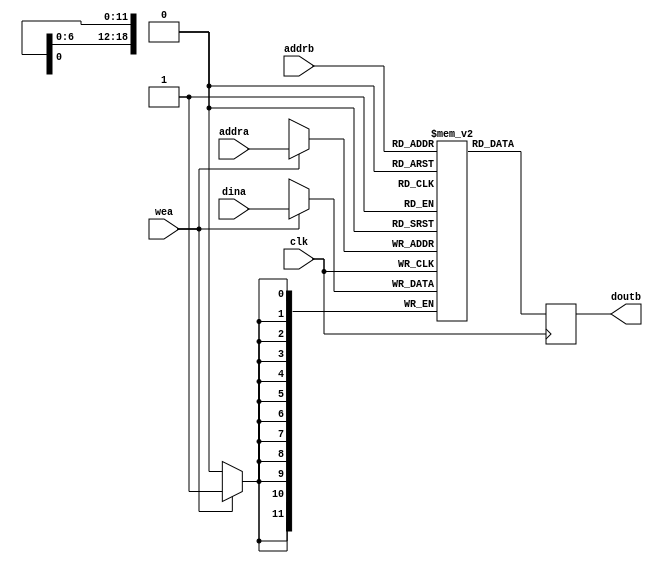
`timescale 1ns / 1ps
//This is the buffer for storing a frame
module frame_buffer
	#(parameter
	// VGA
   	c_img_cols    = 640, // 10 bits
    c_img_rows    = 480, //  9 bits
    // QVGA
    //c_img_cols    = 320, // 9 bits
    //c_img_rows    = 240, // 8 bits
    c_img_pxls    = c_img_cols * c_img_rows,
    //c_nb_img_pxls =  17,  //320*240=76,800 -> 2^17

    // QQVGA
    //c_img_cols    = 160, // 8 bits
    //c_img_rows    = 120, //  7 bits
    //c_img_pxls    = c_img_cols * c_img_rows,
    // c_nb_img_pxls = log2i(c_img_pxls-1) + 1
    // VGA
    c_nb_img_pxls =  19,  //640*480=307,200 -> 2^19=524,288
    // QQVGA
    //c_nb_img_pxls =  15,  //160*120=19.200 -> 2^15
    // QQVGA /2
    //c_img_cols    = 80, // 7 bits
    //c_img_rows    = 60, //  6 bits
    //c_img_pxls    = c_img_cols * c_img_rows,
    //c_nb_img_pxls =  13,  //80*60=4800 -> 2^13

    c_nb_buf_red   =  4,  // n bits for red in the buffer (memory)
    c_nb_buf_green =  4,  // n bits for green in the buffer (memory)
    c_nb_buf_blue  =  4,  // n bits for blue in the buffer (memory)
    // word width of the memory (buffer)
    c_nb_buf       =   c_nb_buf_red + c_nb_buf_green + c_nb_buf_blue
  )
  (
   input                          clk,
   input                          wea,
   input      [c_nb_img_pxls-1:0] addra,
   input      [c_nb_buf-1:0]             dina,
   input      [c_nb_img_pxls-1:0] addrb,
   output reg [c_nb_buf-1:0]             doutb
   );

  reg  [c_nb_buf-1:0] ram[c_img_pxls-1:0];

  always @ (posedge clk)
  begin
    if (wea)
        ram[addra] <= dina;
    doutb <= ram[addrb];
  end

endmodule